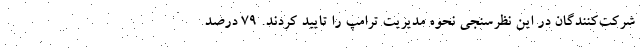
شرکت‌کنندگان در این نظرسنجی نحوه مدیریت ترامپ را تایید کردند. ۷۹ درصد